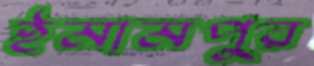
ইমামপুর